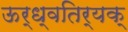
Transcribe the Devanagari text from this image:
ऊर्ध्वतिर्यक्‌